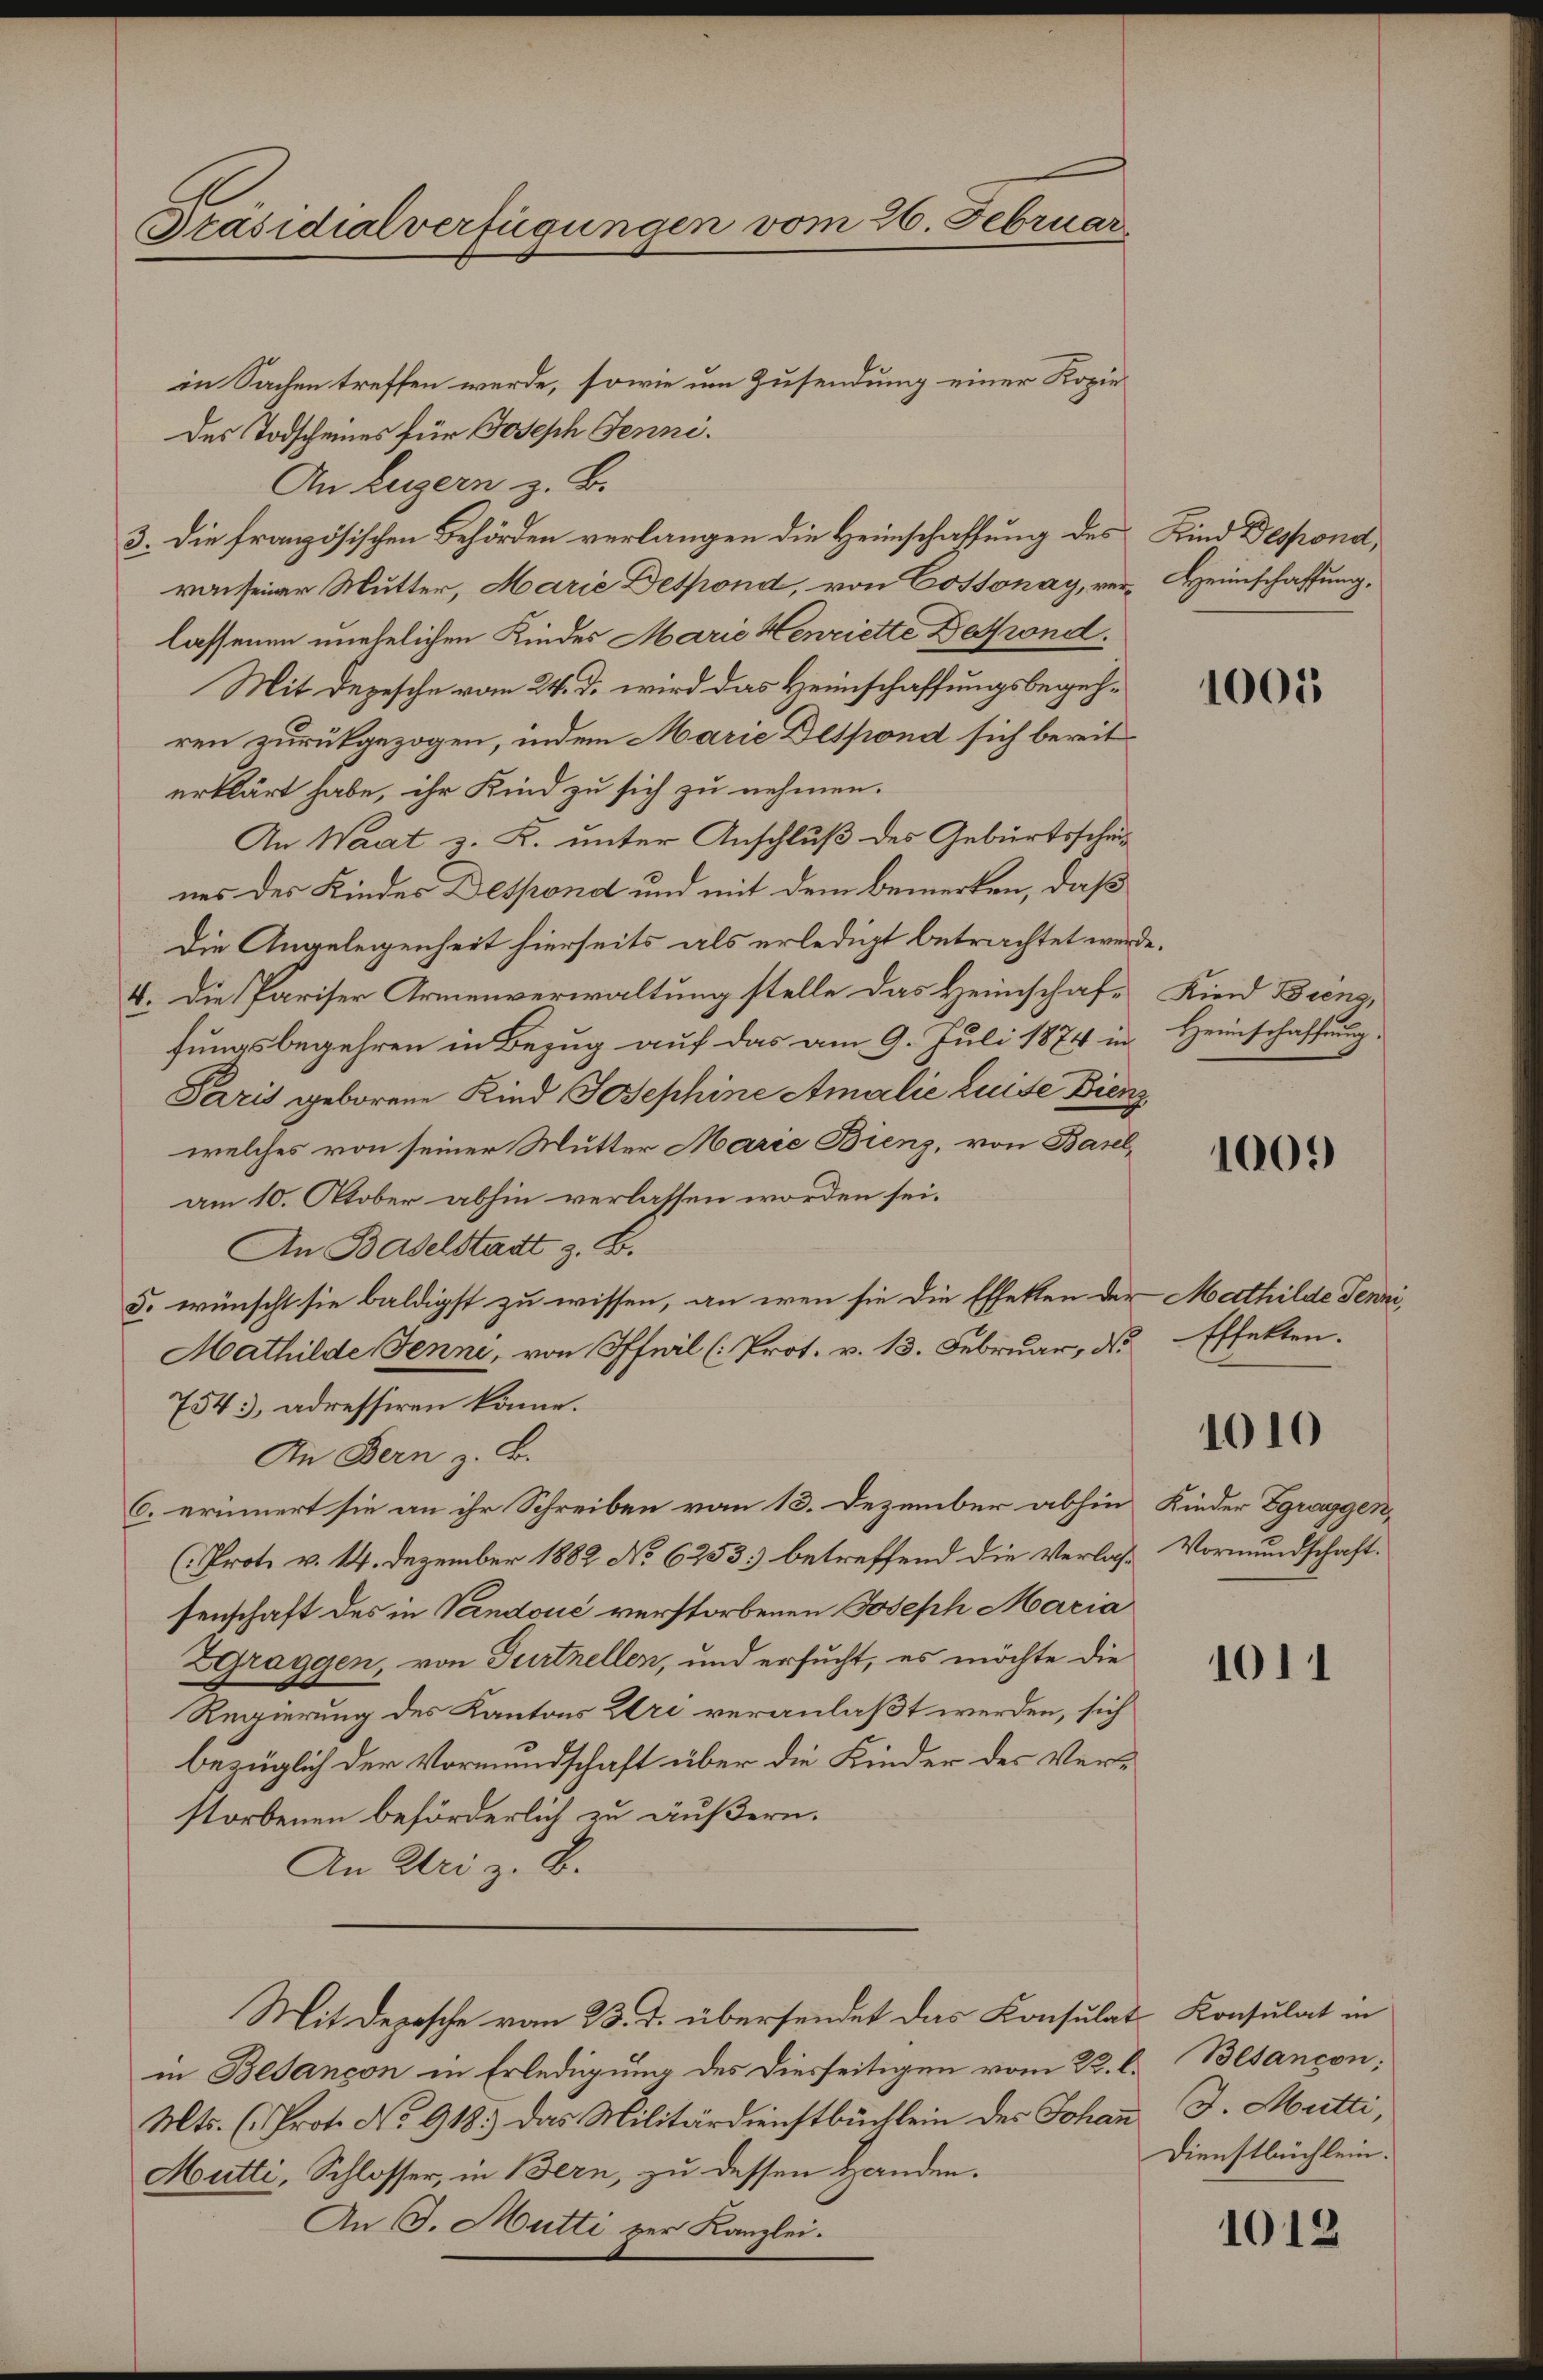
Präsidialverfügungen vom 26. Februar

in Sachen treffen werde, sowie um Zusendung einer Kopie
des Todscheines für Joseph Jenni.
An Luzern z. B.
3. Die französischen Behörden verlangen die Heimschaffung des Kind Despond,
raisender Mutter, Marie Despond, von Cossonay, ver-Heimschaffung,
lassenen unehelichen Kinder Marie Henriette Despond.
Mit Depesche vom 24. d. wird das Heimschaffungsbegehren zurückgezogen, indem Marie Despond sich bereit
erklärt habe, ihr Kind zu sich zu nehmen.
An Waat z. K. unter Anschluß des Geburtsscheines des Kinder Despond und mit dem Bemerken, daß
Die Angelegenheit hierseits als erledigt betrachtet werde.
6. Die Pariser Armenverwaltung stelle das Heimschaffungsbegehren in Bezug auf das am 9. Juli 1874 in
Paris geborene Kind Josephine Amalie Luise Bienz
welches von seiner Mutter Marie Bienz, von Basel,
am 10. Oktober abhin verlassen worden sei.
An Baselstadt z. B.
5. wünscht sie baldigst zu wissen, an eren sie die Effekten der Mathilde Jenni,
Mathilde Jenne, von Pfeil (Prot. v. 13. Februar, dr Effekten.
754), adressiren könne.
An Bern z. B.
6. erinnert sie an ihr Schreiben vom 13. Dezember abhin
(Prot. v. 14. Dezember 1882 No 6253 betreffend die Verlassenschaft des in Vandouć verstorbenen Joseph Maria
Zgraggen, von Turtnellen, und ersucht, es möchte die
Regierung des Kantons Uri veranlaßt werden, sich
bezüglich der Vormundschaft über die Kinder des Verstorbenen beförderlich zu äußern.
An Uri z. B.
Mit Depesche vom 23. d. übersendet das Konsulat Konsulat in
in Besançon in Erledigung des Diesseitigen vom 22. l. Besançon:
Mts. (Prot. No 918.) Das Militärdienstbüchlein des Johann J. Mütti,
Mutti, Schlosser, in Bern, zu dessen Handen.
An J. Mutti zur Kanzlei.

1005

Kiend Breng,
Heimschaffung.

1009

1010

Kinder Zgraggen,
Vormundschaft.

1011

Dienstbüchlein.

1012